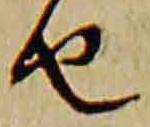
由